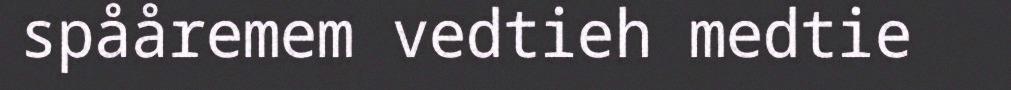
spååremem vedtieh medtie